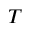
T